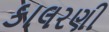
કાલરણી